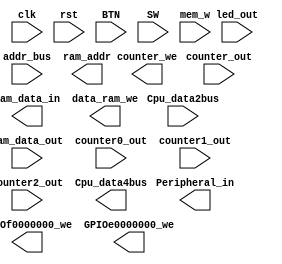
module MIO_BUS(clk, rst, BTN, SW, mem_w, Cpu_data2bus, addr_bus,
    ram_data_out, led_out, counter_out, counter0_out, counter1_out, counter2_out, Cpu_data4bus,
    ram_data_in, ram_addr, data_ram_we, GPIOf0000000_we, GPIOe0000000_we, counter_we,
    Peripheral_in)
    /* synthesis syn_black_box black_box_pad_pin = "clk,rst,BTN[3:0],SW[15:0],mem_w,Cpu_data2bus[31:0],addr_bus[31:0],ram_data_out[31:0],led_out[15:0],counter_out[31:0],counter0_out,counter1_out,counter2_out,Cpu_data4bus[31:0],ram_data_in[31:0],ram_addr[9:0],data_ram_we,GPIOf0000000_we,GPIOe0000000_we,counter_we,Peripheral_in[31:0]" */;
     input clk;
     input rst;
     input [3:0]BTN;
     input [15:0]SW;
     input mem_w;
     input [31:0]Cpu_data2bus;
     input [31:0]addr_bus;
     input [31:0]ram_data_out;
     input [15:0]led_out;
     input [31:0]counter_out;
     input counter0_out;
     input counter1_out;
     input counter2_out;
     output [31:0]Cpu_data4bus;
     output [31:0]ram_data_in;
     output [9:0]ram_addr;
     output data_ram_we;
     output GPIOf0000000_we;
     output GPIOe0000000_we;
     output counter_we;
     output [31:0]Peripheral_in;
     endmodule